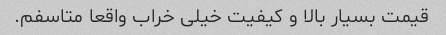
قیمت بسیار بالا و کیفیت خیلی خراب واقعا متاسفم.